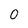
Character: 0